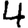
Digit: 4